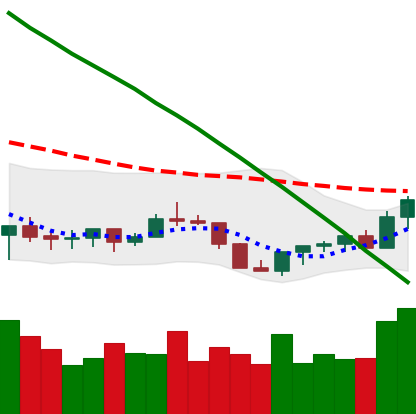
Ticker: XLM-USD
Chart end date: 2022-07-19
Forward return: -4.404%
Label: down_3_5